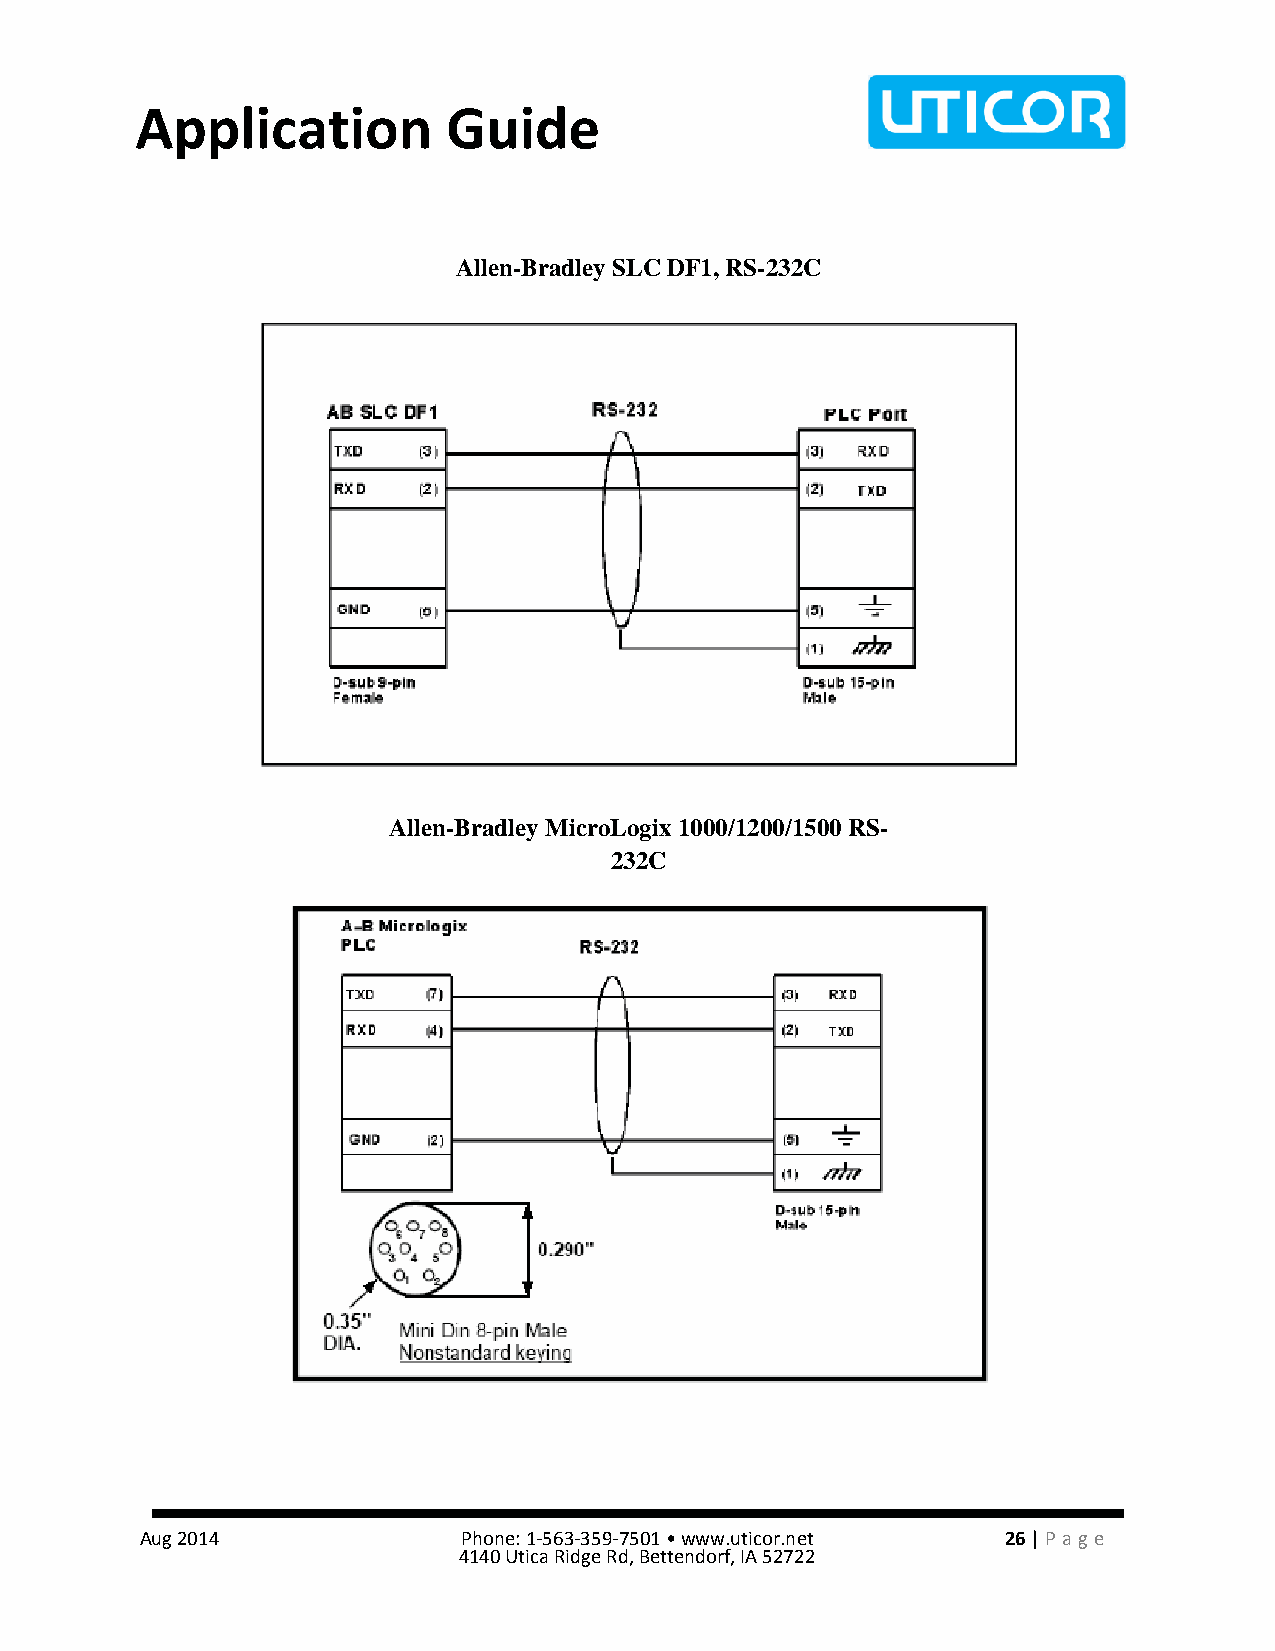
Application          Guide
 Allen-Bradley SLC DF1, RS-232C
 Allen-Bradley MicroLogix 1000/1200/1500 RS-
 232C
 Aug 2014              Phone: 1-563-359-7501 • www.uticor.net 26 | Pa ge
 4140 Utica Ridge Rd, Bettendorf, IA 52722